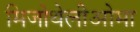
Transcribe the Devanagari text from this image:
मिजोथेलीओमा